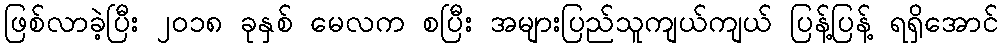
ဖြစ်လာခဲ့ပြီး ၂၀၁၈ ခုနှစ် မေလက စပြီး အများပြည်သူကျယ်ကျယ် ပြန့်ပြန့် ရရှိအောင်